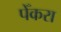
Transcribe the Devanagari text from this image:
पेँकरा